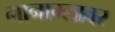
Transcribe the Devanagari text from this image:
मानाग्लावर